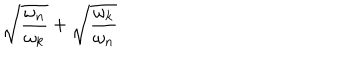
LaTeX: \sqrt { \frac { \omega _ { n } } { \omega _ { k } } } + \sqrt { \frac { \omega _ { k } } { \omega _ { n } } }